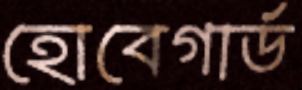
হোবেগার্ড